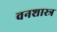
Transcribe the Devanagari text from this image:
वनशास्त्र